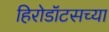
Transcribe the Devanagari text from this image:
हिरोडॉटसच्या